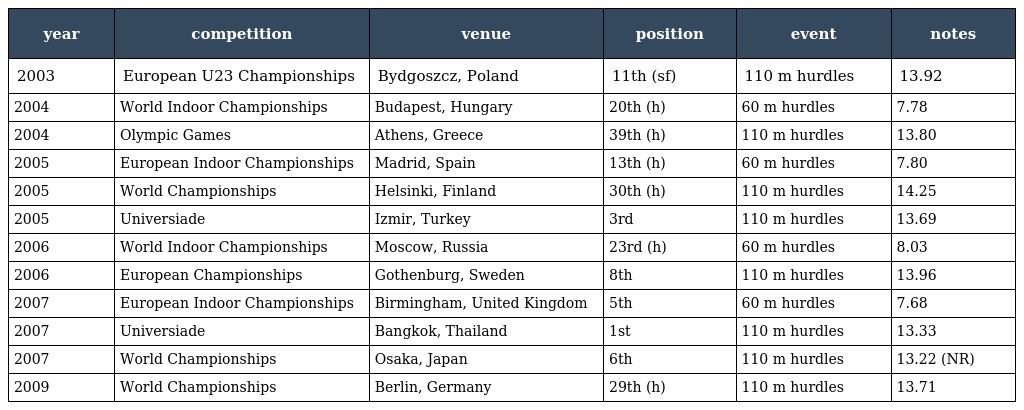
| year | competition | venue | position | event | notes |
 | --- | --- | --- | --- | --- | --- |
 | 2003 | European U23 Championships | Bydgoszcz, Poland | 11th (sf) | 110 m hurdles | 13.92 |
 | 2004 | World Indoor Championships | Budapest, Hungary | 20th (h) | 60 m hurdles | 7.78 |
 | 2004 | Olympic Games | Athens, Greece | 39th (h) | 110 m hurdles | 13.80 |
 | 2005 | European Indoor Championships | Madrid, Spain | 13th (h) | 60 m hurdles | 7.80 |
 | 2005 | World Championships | Helsinki, Finland | 30th (h) | 110 m hurdles | 14.25 |
 | 2005 | Universiade | Izmir, Turkey | 3rd | 110 m hurdles | 13.69 |
 | 2006 | World Indoor Championships | Moscow, Russia | 23rd (h) | 60 m hurdles | 8.03 |
 | 2006 | European Championships | Gothenburg, Sweden | 8th | 110 m hurdles | 13.96 |
 | 2007 | European Indoor Championships | Birmingham, United Kingdom | 5th | 60 m hurdles | 7.68 |
 | 2007 | Universiade | Bangkok, Thailand | 1st | 110 m hurdles | 13.33 |
 | 2007 | World Championships | Osaka, Japan | 6th | 110 m hurdles | 13.22 (NR) |
 | 2009 | World Championships | Berlin, Germany | 29th (h) | 110 m hurdles | 13.71 |